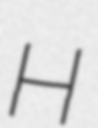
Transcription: H